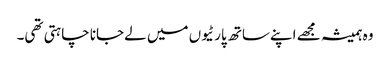
وہ ہمیشہ مجھے اپنےساتھ پارٹیوں میں لےجانا چاہتی تھی۔